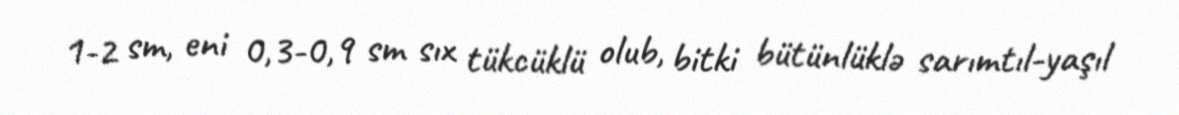
1-2 sm, eni 0,3-0,9 sm sıx tükcüklü olub, bitki bütünlüklə sarımtıl-yaşıl